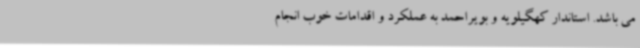
می باشد. استاندار کهگیلویه و بویراحمد به عملکرد و اقدامات خوب انجام